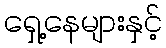
ရှေ့နေများနှင့်